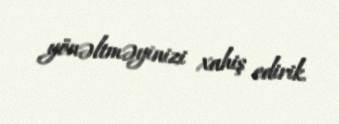
yönəltməyinizi xahiş edirik.